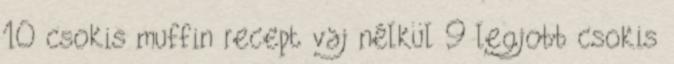
10 csokis muffin recept vaj nélkül 9 legjobb csokis